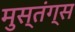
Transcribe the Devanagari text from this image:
मुस्तंग्स